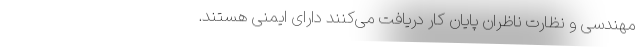
مهندسی و نظارت ناظران پایان کار دریافت می‌کنند دارای ایمنی هستند.